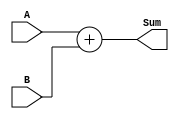
module Adder (
    input wire [7:0] A,        // 8-bit input A
    input wire [7:0] B,        // 8-bit input B
    output reg [8:0] Sum       // 9-bit output Sum to accommodate overflow
);

// Always block sensitive to changes in A or B
always @(A or B) begin
    // Non-blocking assignment to update Sum based on A and B
    Sum <= A + B;
end

endmodule